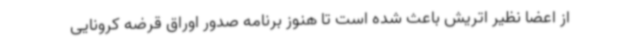
از اعضا نظیر اتریش باعث شده است تا هنوز برنامه صدور اوراق قرضه کرونایی